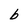
Character: b